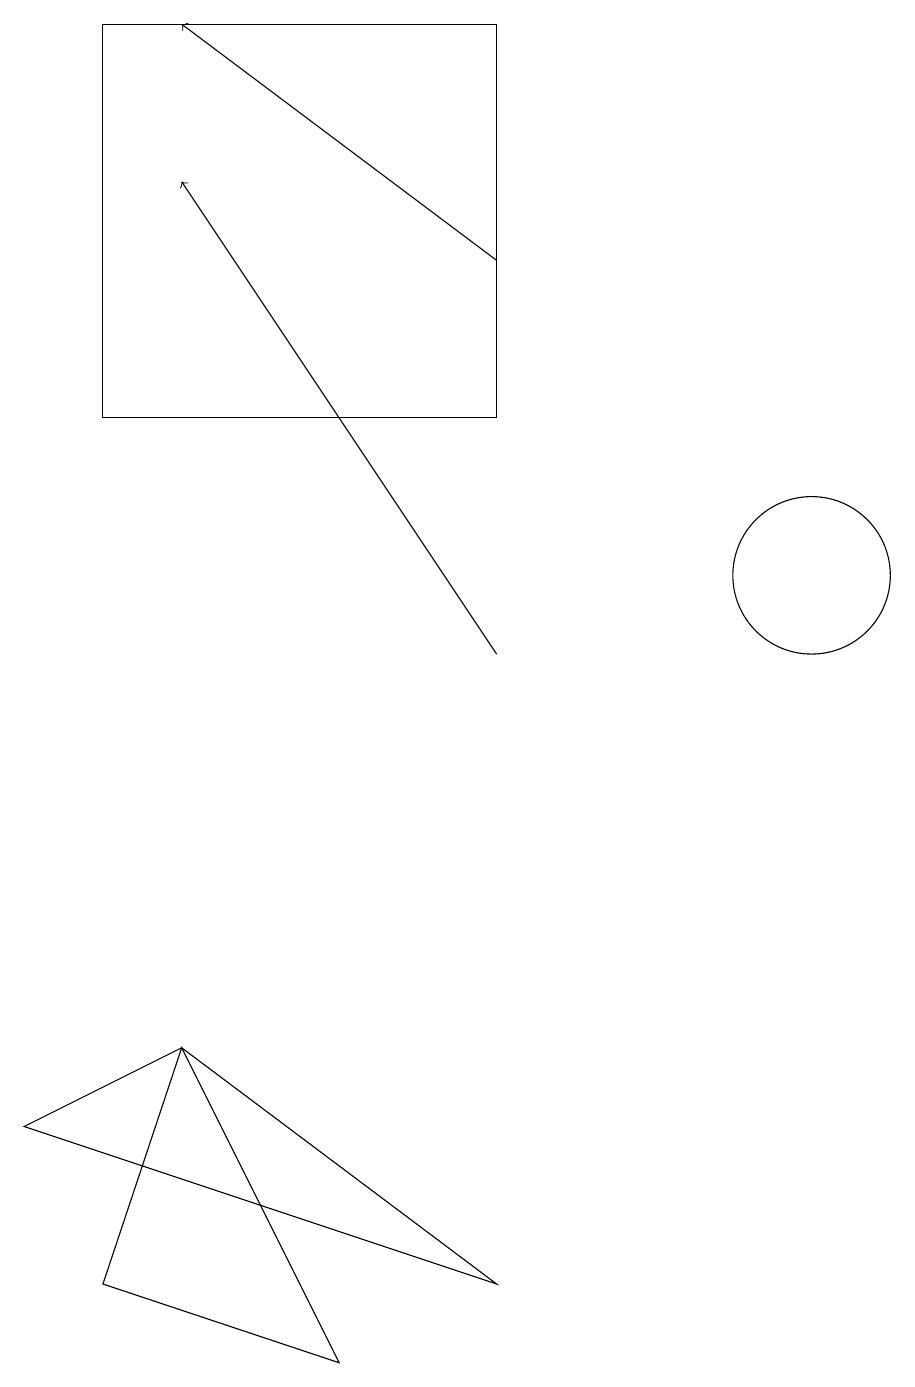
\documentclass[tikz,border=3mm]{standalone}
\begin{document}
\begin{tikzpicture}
\draw (1,5) -- (7,3) -- (3,6) -- cycle;
\draw (11,12) circle (1);
\draw (3,6) -- (5,2) -- (2,3) -- cycle;
\draw[->] (7,16) -- (3,19);
\draw[->] (7,11) -- (3,17);
\draw (7,19) rectangle (2,14);
\draw (11,11) circle (0);
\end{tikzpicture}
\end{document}